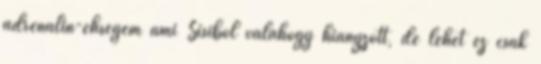
adrenalin-éhségem ami Sisiből valahogy hiányzott, de lehet ez csak